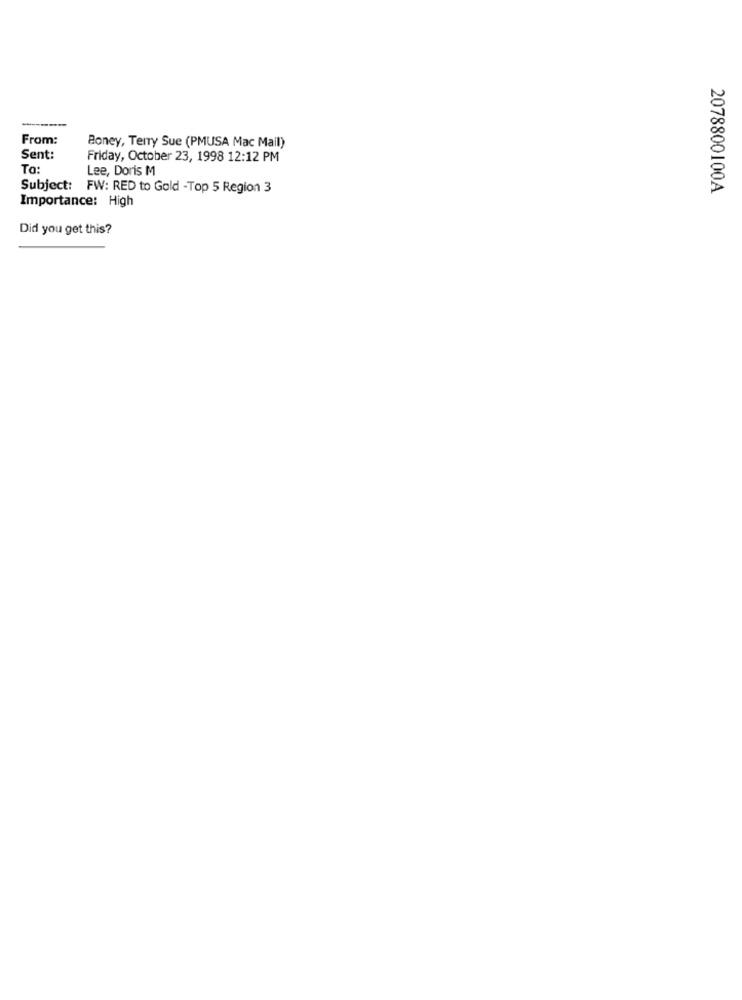
From:
Boney, Terry Sue (PMUSA Mac Mail)
Sent:
Friday, October 23, 1998 12:12 PM
To:
Lee, Doris M
Subject: FW: RED to Gold -Top 5 Region 3
2078800100A
Importance: High
Did you get this?